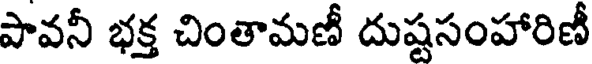
పావనీ భక్త చింతామణీ దుష్టసంహారిణీ